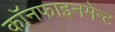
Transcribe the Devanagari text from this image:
कॉनफाइनमेन्ट